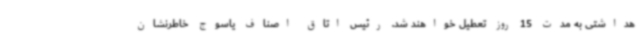
هداشتی به مدت 15 روز تعطیل خواهند شد. رئیس اتاق اصناف یاسوج خاطرنشان